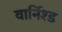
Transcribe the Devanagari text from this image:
वार्निश्ड